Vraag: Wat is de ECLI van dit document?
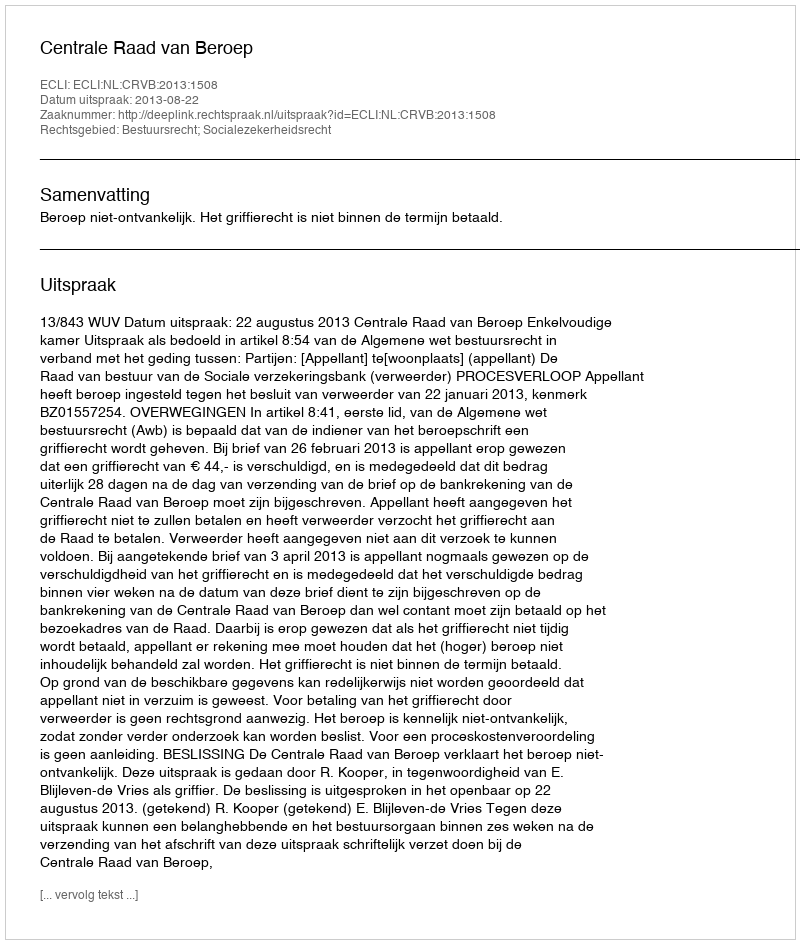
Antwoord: ECLI:NL:CRVB:2013:1508